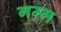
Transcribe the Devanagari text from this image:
गम्म